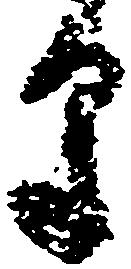
草